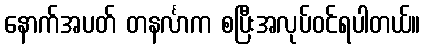
နောက်အပတ် တနင်္လာက စပြီးအလုပ်ဝင်ရပါတယ်။